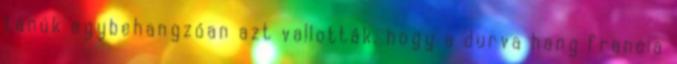
tanúk egybehangzóan azt vallották, hogy a durva hang francia